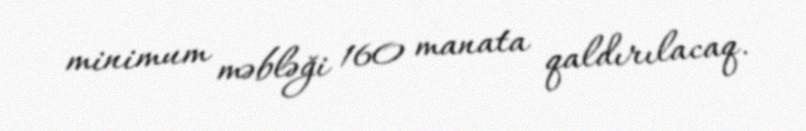
minimum məbləği 160 manata qaldırılacaq.